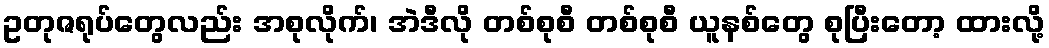
ဥတုဇရုပ်တွေလည်း အစုလိုက်၊ အဲဒီလို တစ်စုစီ တစ်စုစီ ယူနစ်တွေ စုပြီးတော့ ထားလို့